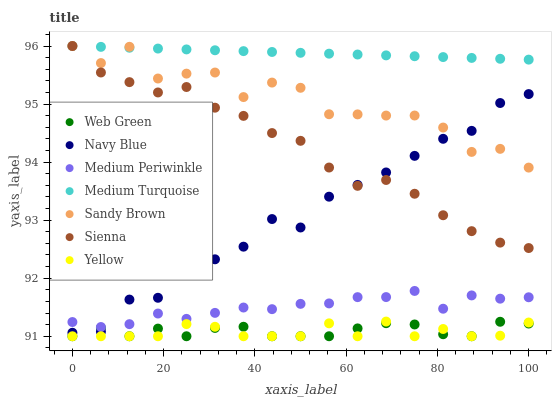
| xaxis_label | Web Green | Navy Blue | Medium Periwinkle | Medium Turquoise | Sandy Brown | Sienna | Yellow |
 | --- | --- | --- | --- | --- | --- | --- | --- |
 | 0 | 91 | 91.1 | 91.2 | 96 | 96 | 96 | 91 |
 | 6.25 | 91.1 | 91.1 | 91.2 | 96 | 95.7 | 95.5 | 91 |
 | 12.5 | 91 | 91.6 | 91.2 | 96 | 96 | 95.4 | 91 |
 | 18.8 | 91.1 | 91.7 | 91.4 | 96 | 95.4 | 95.2 | 91 |
 | 25 | 91 | 92.2 | 91.3 | 95.9 | 95.5 | 95.3 | 91.2 |
 | 31.2 | 91.1 | 92.3 | 91.4 | 95.9 | 95.5 | 94.9 | 91.2 |
 | 37.5 | 91.2 | 92.5 | 91.5 | 95.9 | 95.1 | 94.8 | 91 |
 | 43.8 | 91 | 93 | 91.5 | 95.9 | 95.4 | 94.5 | 91 |
 | 50 | 91 | 92.9 | 91.6 | 95.9 | 95.3 | 94.4 | 91 |
 | 56.2 | 91 | 93.4 | 91.6 | 95.9 | 94.8 | 93.9 | 91.2 |
 | 62.5 | 91.1 | 93.6 | 91.7 | 95.9 | 94.8 | 93.6 | 91 |
 | 68.8 | 91.2 | 93.8 | 91.7 | 95.8 | 94.8 | 93.7 | 91.3 |
 | 75 | 91.2 | 94.1 | 91.8 | 95.8 | 94.8 | 93.5 | 91 |
 | 81.2 | 91 | 94.4 | 91.5 | 95.8 | 94.6 | 93.1 | 91.1 |
 | 87.5 | 91 | 94.5 | 91.7 | 95.8 | 94.2 | 92.8 | 91 |
 | 93.8 | 91.2 | 95 | 91.6 | 95.8 | 94.2 | 92.6 | 91 |
 | 100 | 91.2 | 95.2 | 91.7 | 95.8 | 93.9 | 92.5 | 91.2 |